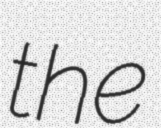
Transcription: the